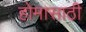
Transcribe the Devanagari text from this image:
होमासाठी